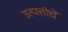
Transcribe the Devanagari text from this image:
उत्पत्तीचें